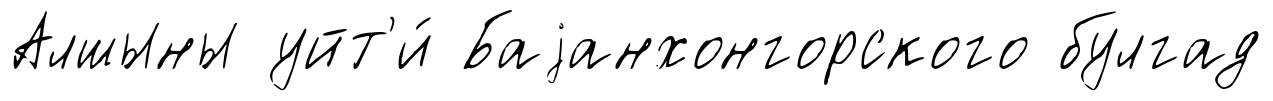
Алшыны уйт'и́ Баjанхонгорского булгад